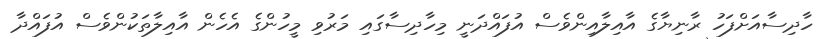
ހާދިސާއަށްފަހު ރާނިޔާގެ އާއިލާއިންވެސް އުފައްދަނީ މިހާދިސާގައި މަރުވި މީހުންގެ އެހެން އާއިލާތަކުންވެސް އުފައްދާ